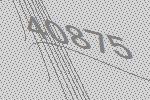
40875